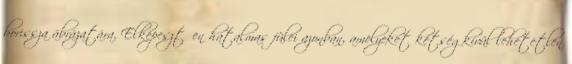
borissza ábrázatára. Elképesztően hatalmas fülei azonban, amelyeket kétségkívül lehetetlen